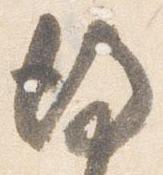
後